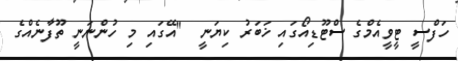
ހަފްސީ ޓީވީއެމްގެ ސްޓޫޑިއޯގައި ޚަބަރު ކިޔަނީ  "އޭގައި މި ހުންނަނީ ތޫފާނެއްގެ